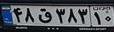
۴۸ق۳۸۳۱۰